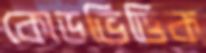
কোডভিত্তিক